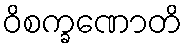
ဝိစက္ခဏောတိ